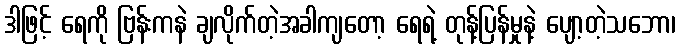
ဒါဖြင့် ရေကို ဗြန်းကနဲ ချလိုက်တဲ့အခါကျတော့ ရေရဲ့ တုန့်ပြန်မှုနဲ့ ပျော့တဲ့သဘော၊